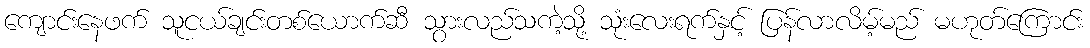
ကျောင်းနေဖက် သူငယ်ချင်းတစ်ယောက်ဆီ သွားလည်သကဲ့သို့ သုံးလေးရက်နှင့် ပြန်လာလိမ့်မည် မဟုတ်ကြောင်း